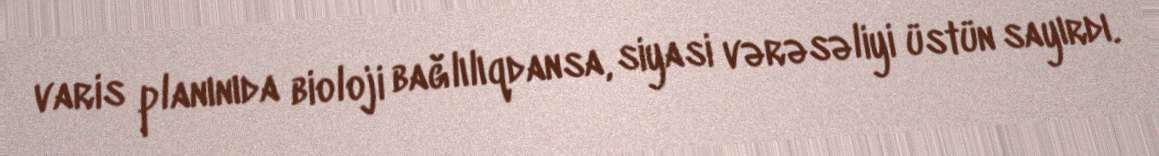
varis planınıda bioloji bağlılıqdansa, siyasi vərəsəliyi üstün sayırdı.